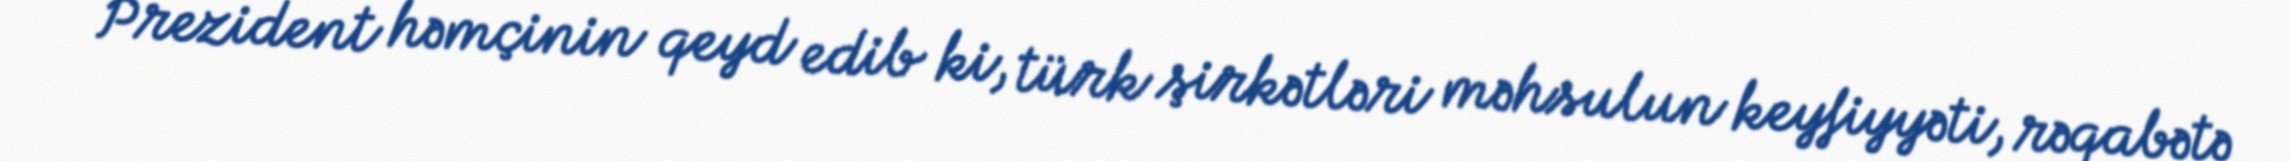
Prezident həmçinin qeyd edib ki, türk şirkətləri məhsulun keyfiyyəti, rəqabətə